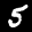
Label: 5